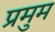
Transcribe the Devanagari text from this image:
प्रमुम